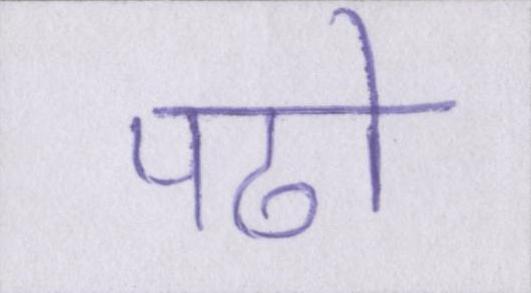
पढो